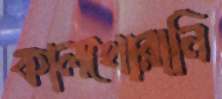
কালখোরানি